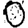
Digit: 0